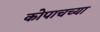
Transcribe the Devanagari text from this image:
कोपाचच्या